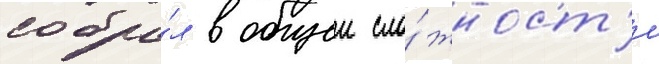
собра́л в общеи сло́жност'и